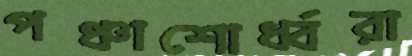
পঞ্চাশোর্ধ্বরা